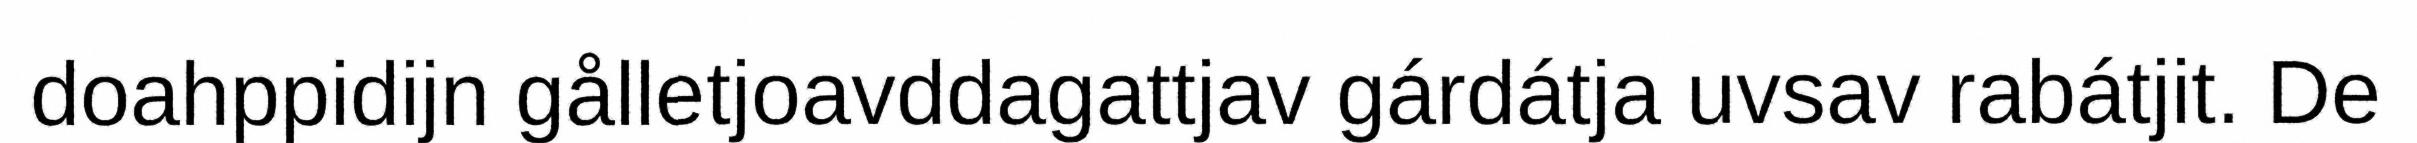
doahppidijn gålletjoavddagattjav gárdátja uvsav rabátjit. De